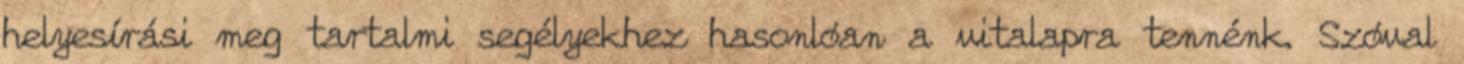
helyesírási meg tartalmi segélyekhez hasonlóan a vitalapra tennénk. Szóval